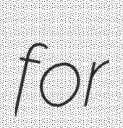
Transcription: for